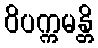
ဝိပက္ကမန္တိ